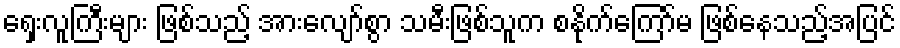
ရှေးလူကြီးများ ဖြစ်သည့် အားလျော်စွာ သမီးဖြစ်သူက စနိုက်ကြော်မ ဖြစ်နေသည့်အပြင်